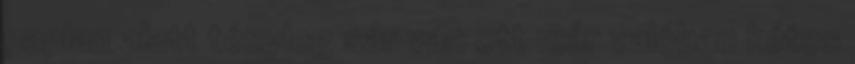
paplan alatt tényleg sár van ott már valóban kétes